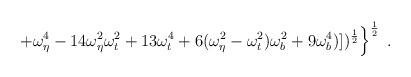
LaTeX: \begin{align*}\left.+ \omega_\eta^4 - 14 \omega_\eta^2 \omega_t^2 + 13 \omega_t^4 + 6 (\omega_\eta^2-\omega_t^2)\omega_b^2 + 9 \omega_b^4)])^{\frac{1}{2}} \right\}^{\frac{1}{2}} \;.\end{align*}